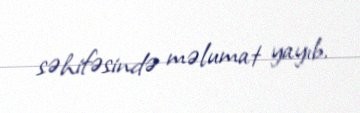
səhifəsində məlumat yayıb.